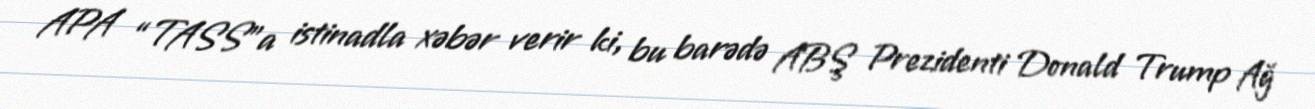
APA “TASS”a istinadla xəbər verir ki, bu barədə ABŞ Prezidenti Donald Trump Ağ